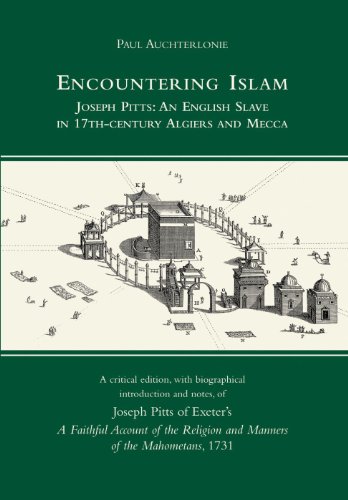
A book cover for Encountering Islam: Joseph Pitts: An English Slave in 17th-century Algiers and Mecca; Paul Auchterlonie; Religion & Spirituality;